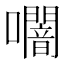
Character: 𭌩